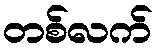
တစ်လက်